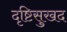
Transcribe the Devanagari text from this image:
दृष्टिसुखद